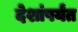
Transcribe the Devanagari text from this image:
देशांपर्यंत